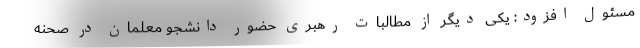
مسئول افزود: یکی دیگر از مطالبات رهبری حضور دانشجو معلمان در صحنه